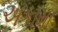
અકામા